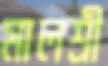
মালশ্রী